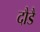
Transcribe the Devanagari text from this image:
दौडै